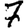
Digit: 7